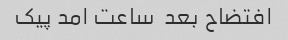
افتضاح بعد  ساعت امد پیک